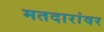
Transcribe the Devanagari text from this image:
मतदारांवर